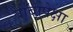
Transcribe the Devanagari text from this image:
बाँबापेक्षा